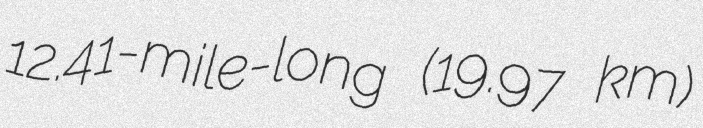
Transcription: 12.41-mile-long (19.97 km)